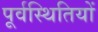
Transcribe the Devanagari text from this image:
पूर्वस्थितियों